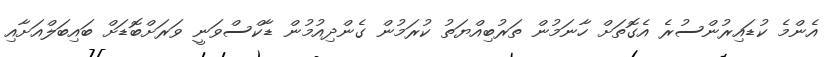
އެންމެ ކުޑައިރުންސުރެ އެގޮތަށް ހާނަމުން ތަރުބިއްޔަތު ކުރަމުން ގެންދިއުމުން ޑާކްސްވަނީ ވަރަށްބޮޑަށް ބައިބަލްއަށާއި